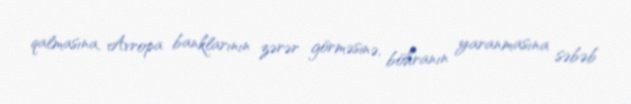
qalmasına, Avropa banklarının zərər görməsinə, böhranın yaranmasına səbəb